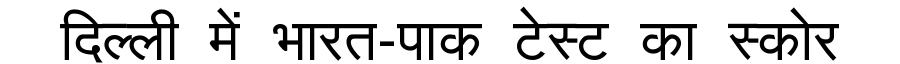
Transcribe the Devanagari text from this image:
दिल्ली में भारत-पाक टेस्ट का स्कोर